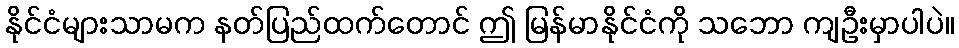
နိုင်ငံများသာမက နတ်ပြည်ထက်တောင် ဤ မြန်မာနိုင်ငံကို သဘော ကျဦးမှာပါပဲ။